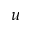
u